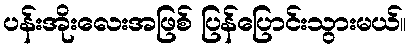
ပန်းအိုးလေးအဖြစ် ပြန်ပြောင်းသွားမယ်။